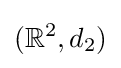
(\mathbb {R} ^{2},d_{2})